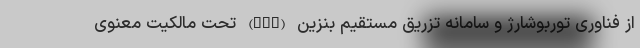
از فناوری توربوشارژ و سامانه تزریق مستقیم بنزین (GDI) تحت مالکیت معنوی